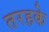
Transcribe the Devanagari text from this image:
तरहके